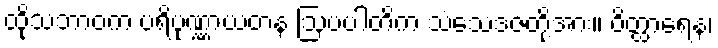
ထိုသဘာဝက ပရိပုဏ္ဏာယတန ဩပပါတိက သံသေဒဇတို့အား။ ဝိတ္ထာရေန၊